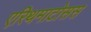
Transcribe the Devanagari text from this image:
एरिथमाटोसस